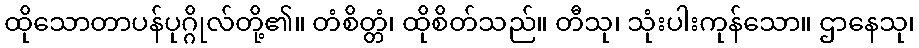
ထိုသောတာပန်ပုဂ္ဂိုလ်တို့၏။ တံစိတ္တံ၊ ထိုစိတ်သည်။ တီသု၊ သုံးပါးကုန်သော။ ဌာနေသု၊